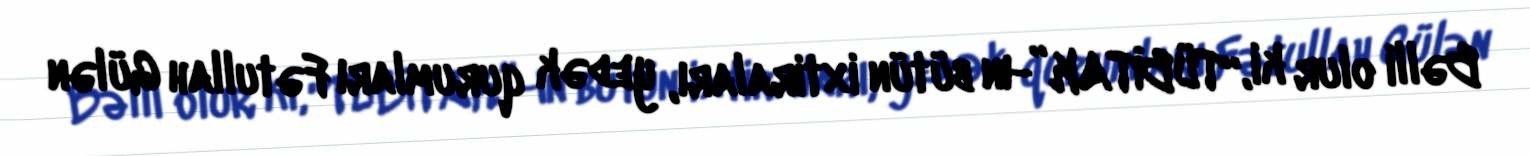
Bəlli olur ki, “TÜBİTAK”-ın bütün ixtiraları, yedək qurumları Fətullah Gülən